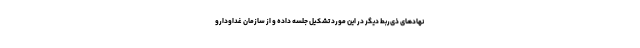
نهادهای ذی‌ربط دیگر در این مورد تشکیل جلسه داده و از سازمان غداودارو